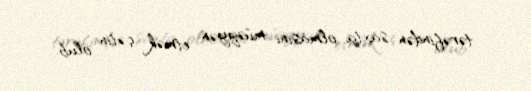
tərəfindən saxta olmasını müəyyən etmək çətin olub.